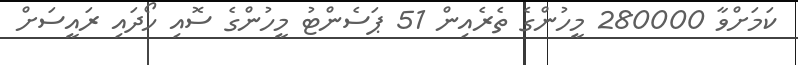
ކަމަށްވާ 280000 މީހުންގެ ތެރެއިން 51 ޕަސެންޓު މީހުންގެ ސޮއި ހޯދައި ރައީސަށް